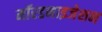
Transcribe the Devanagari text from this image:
मॉरडनाइजेशन